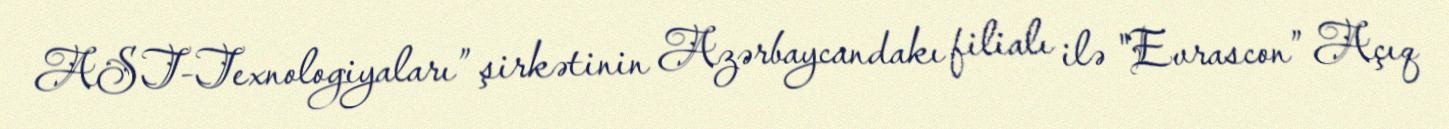
AST-Texnologiyaları” şirkətinin Azərbaycandakı filialı ilə "Evrascon” Açıq